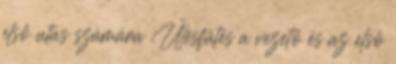
első utas számára Ülésfűtés a vezető és az első